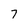
Character: 7